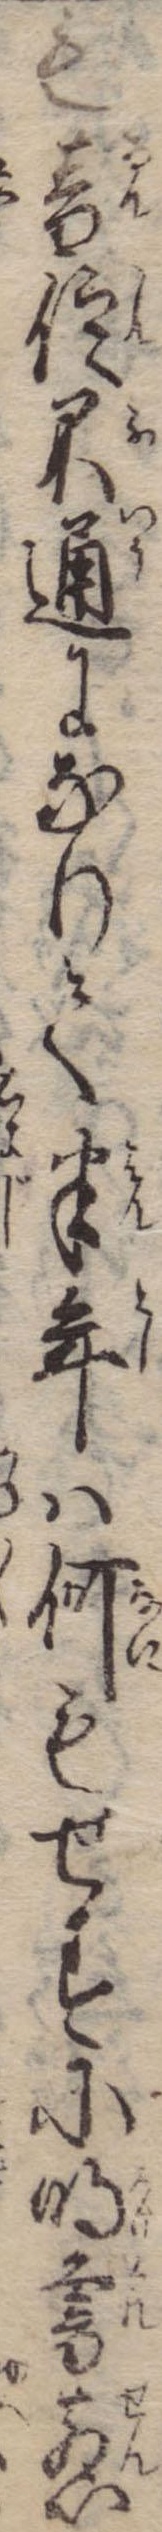
も音信不通になりて半年は何もせずに明暮煎